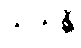
သယန္တိ